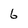
Character: 6